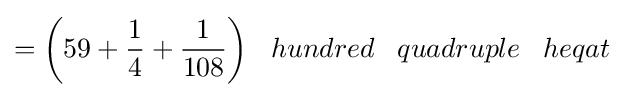
={\bigg (}59+{\frac {1}{4}}+{\frac {1}{108}}{\bigg )}\;\;\;hundred\;\;\;quadruple\;\;\;heqat